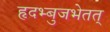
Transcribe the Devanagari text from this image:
हृदभ्बुजभेतत्